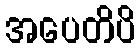
အပေတိပိ